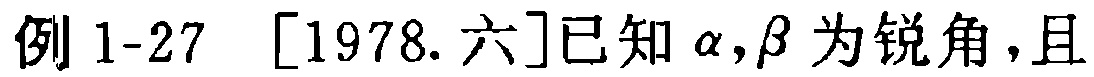
例 1-27 [1978. 六]已知$\alpha,\beta$为锐角,且